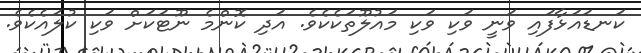
ކަނޑައަޅާފައި ވަނީ ވަކި ވަކި މައުލޫތަކެކެވެ. އަދި ކޮންމެ ނޫޓަކަށް ވަކި ކުލައެކެވެ.